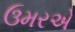
ઉમરએ